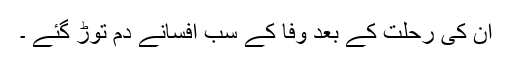
ان کی رحلت کے بعد وفا کے سب افسانے دم توڑ گئے ۔